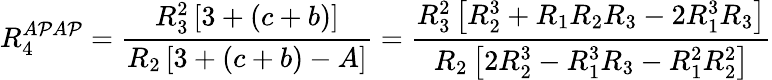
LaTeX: R_{4}^{A\mathcal{P}A\mathcal{P}}=\frac{{R_{3}^{2}\left[3+(c+b)\right]}}{{R_{2}\left[3+(c+b)-A\right]}}=\frac{{R_{3}^{2}\left[R_{2}^{3}+R_{1}R_{2}R_{3}-2R_{1}^{3}R_{3}\right]}}{{R_{2}\left[2R_{2}^{3}-R_{1}^{3}R_{3}-R_{1}^{2}R_{2}^{2}\right]}}